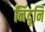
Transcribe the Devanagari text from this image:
निंदूनि